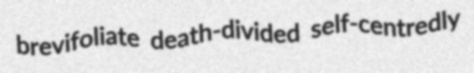
brevifoliate death-divided self-centredly